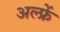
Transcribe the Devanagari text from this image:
अल्फ्रें